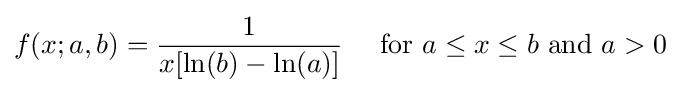
f(x;a,b)={\frac {1}{x[\ln(b)-\ln(a)]}}\quad {\text{ for }}a\leq x\leq b{\text{ and }}a>0